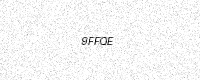
Text: 9FFQE